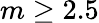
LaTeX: m\geq 2.5